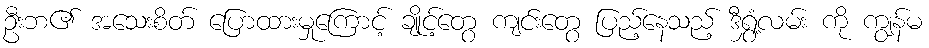
ဦးဘ၏ အသေးစိတ် ပြောထားမှုကြောင့် ချိုင့်တွေ ကျင်းတွေ ပြည့်နေသည့် ဒီရွှံ့လမ်း ကို ကျွန်မ